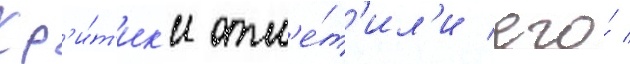
Кр'и́т'ик'и отм'е́т'ил'и его́ /